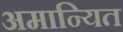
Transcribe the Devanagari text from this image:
अमान्यित